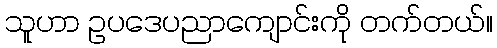
သူဟာ ဥပဒေပညာကျောင်းကို တက်တယ်။